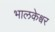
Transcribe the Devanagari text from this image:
भालकेश्वर